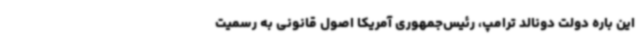
این باره دولت دونالد ترامپ، رئیس‌جمهوری آمریکا اصول قانونی به رسمیت